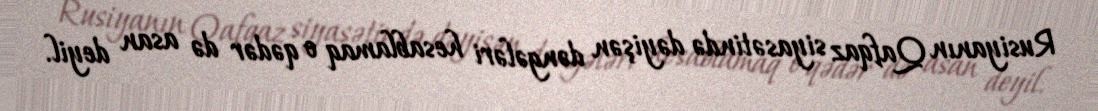
Rusiyanın Qafqaz siyasətində dəyişən dəngələri hesablamaq o qədər də asan deyil.